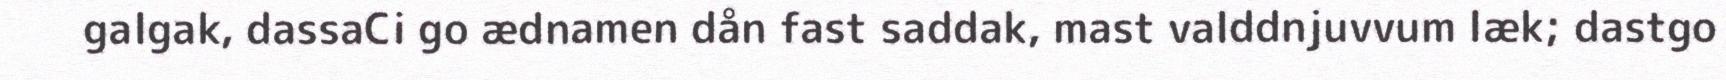
galgak, dassaCi go ædnamen dån fast saddak, mast valddnjuvvum læk; dastgo